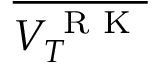
\overline { { V _ { T } ^ { \mathrm { ~ R ~ K ~ } } } }